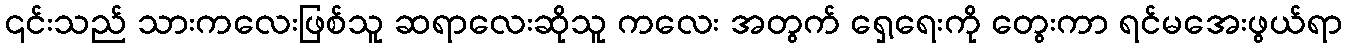
၎င်းသည် သားကလေးဖြစ်သူ ဆရာလေးဆိုသူ ကလေး အတွက် ရှေ့ရေးကို တွေးကာ ရင်မအေးဖွယ်ရာ